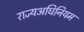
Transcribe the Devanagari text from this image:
राज्यअधिनियम